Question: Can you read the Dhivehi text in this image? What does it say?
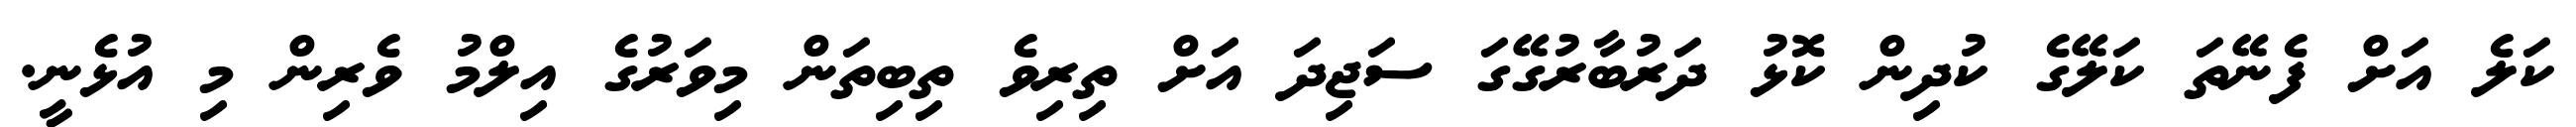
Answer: ކަލެ އަށް ފެނޭތަ ކަލޭގެ ކުދިން ކޮޅު ދަރުބާރުގޭގަ ސަޖިދަ އަށް ތިރިވެ ތިބިތަން މިވަރުގެ އިލްމު ވެރިން މި އުޅެނީ.